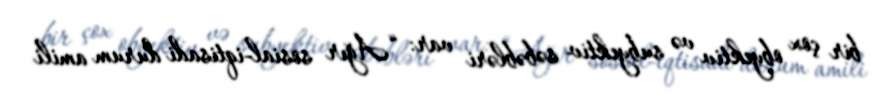
bir çox obyektiv və subyektiv səbəbləri var: “Ağır sosial-iqtisadi durum amili